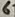
Text: 6